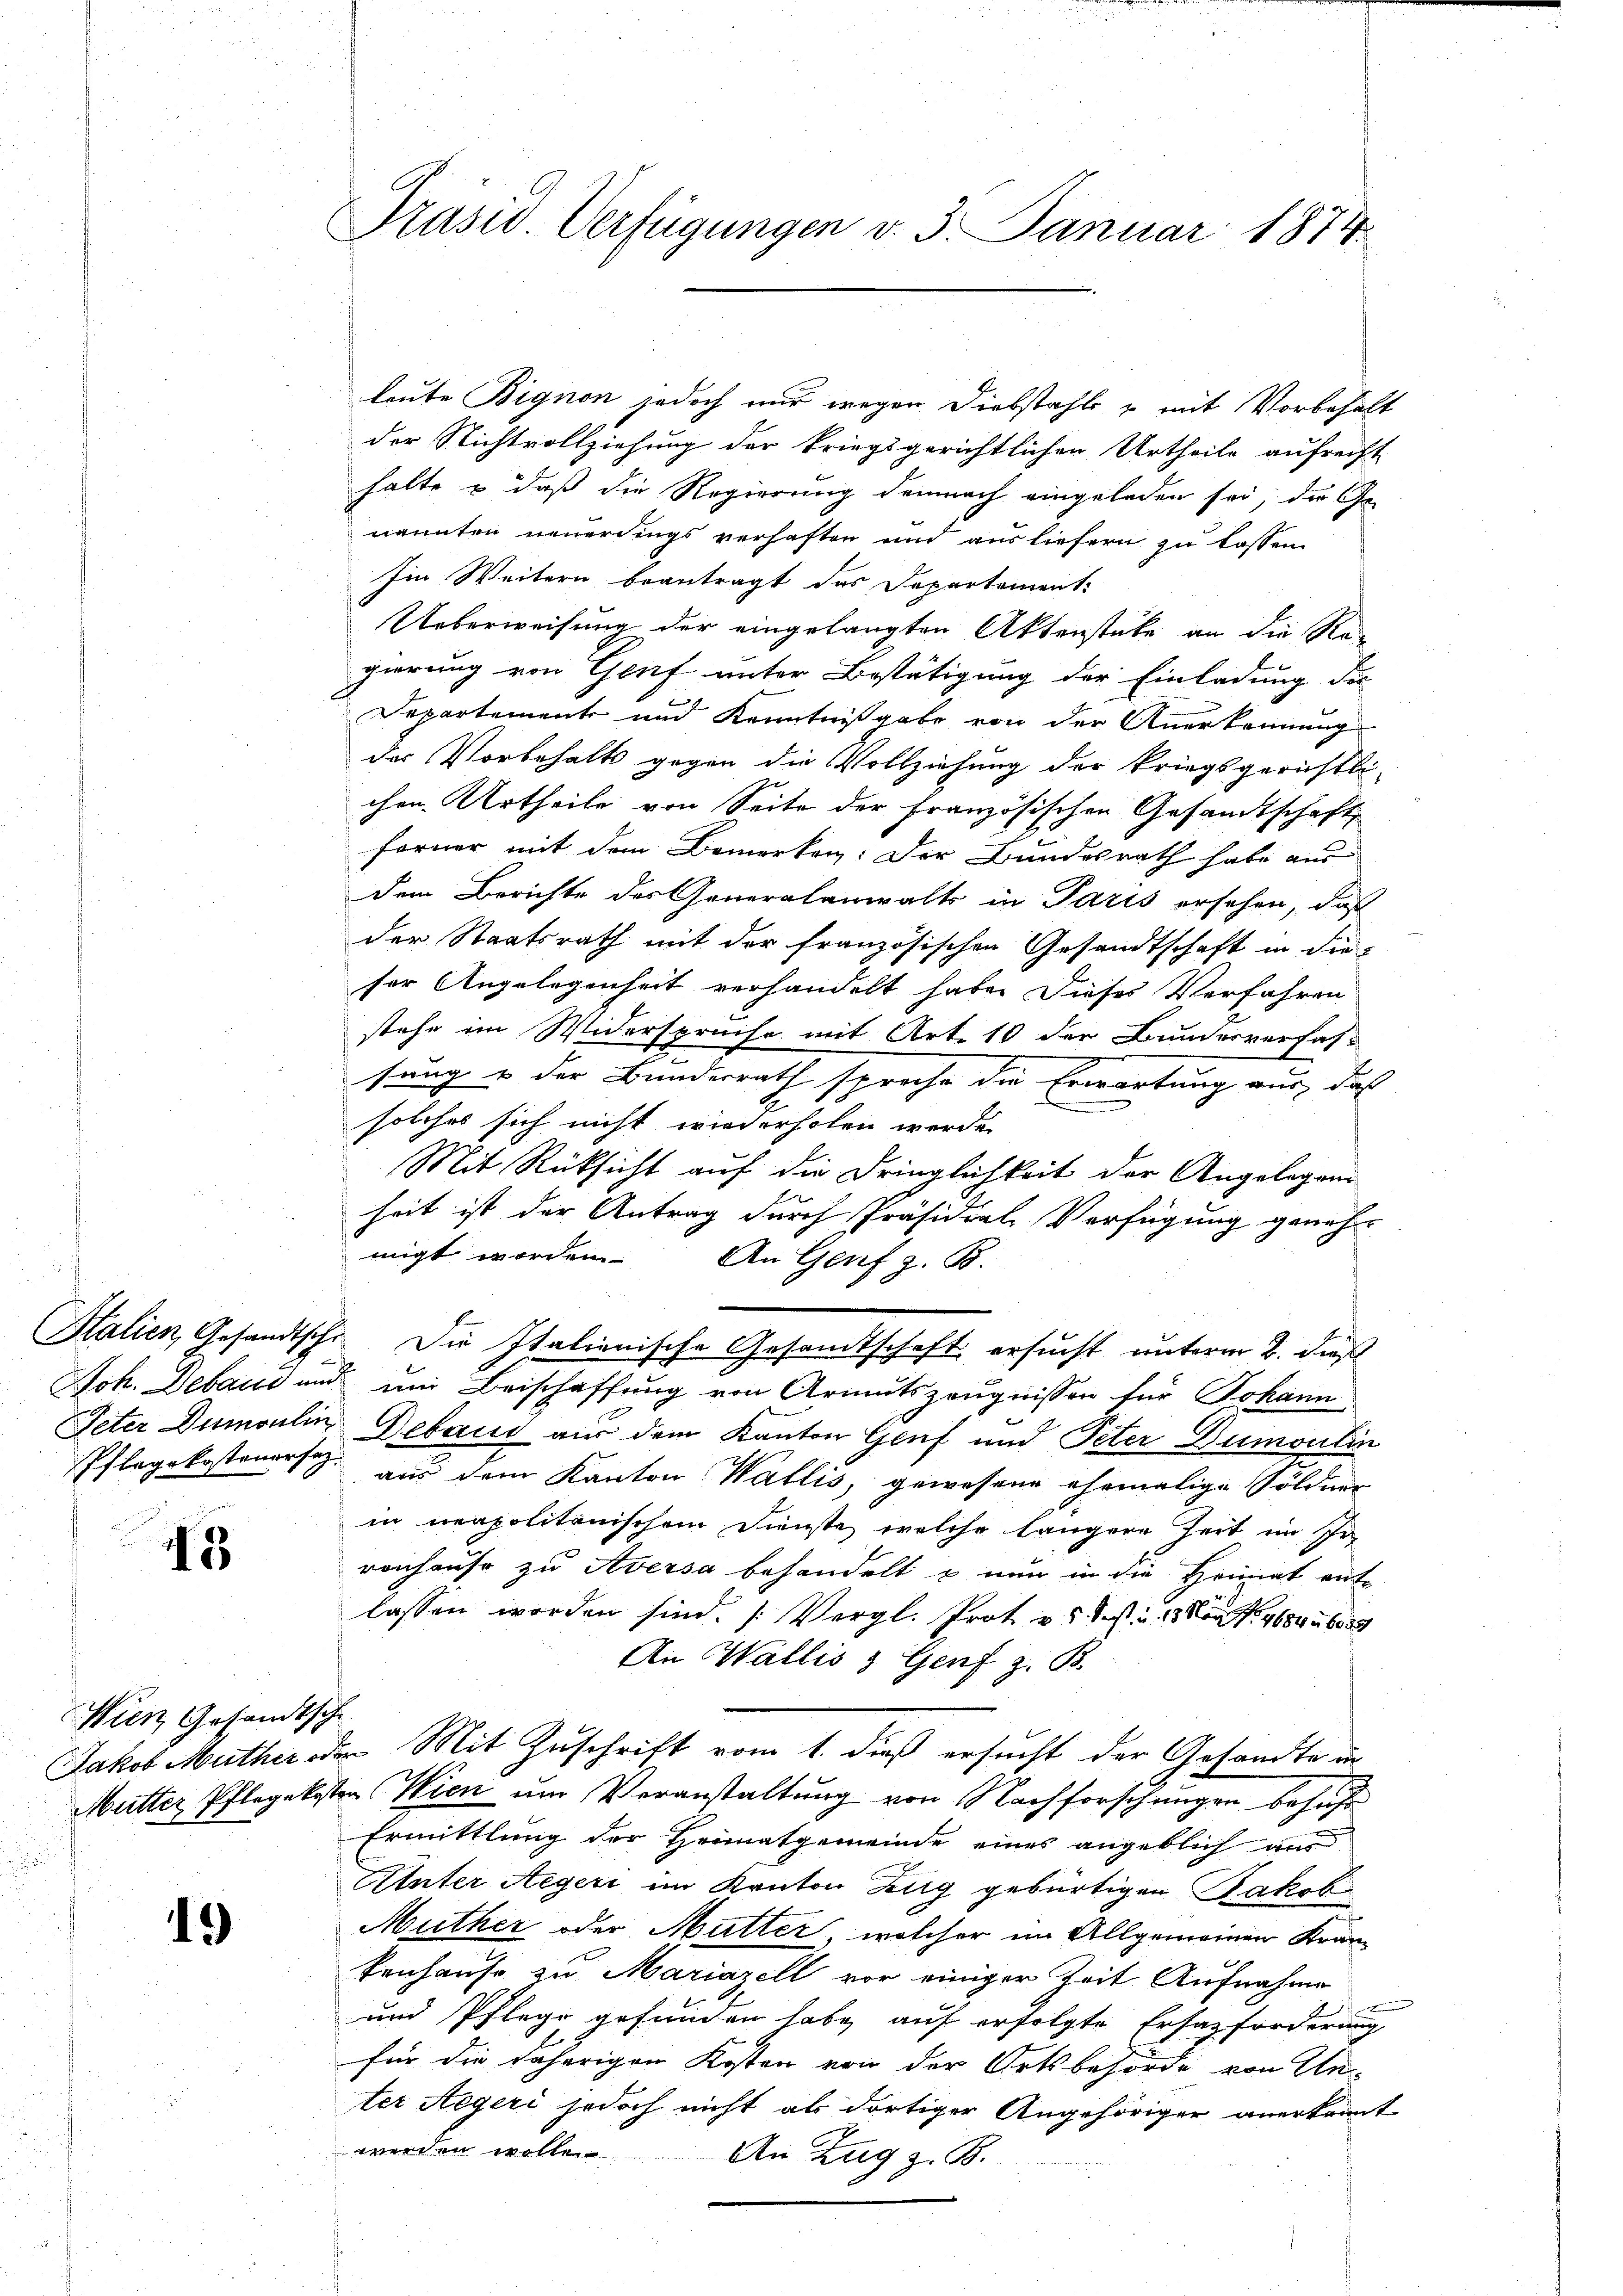
N

Wien Gesandtsche

19

Präsid. Verfügungen v. 3. Januar 1874.

leute Bignon jedoch nur wegen Diebstahls, u mit Vorbehält
der Nichtvollziehung der kriegsgerichtlichen Urtheils aufrecht
halte & daß die Regierung demnach eingeladen sei, die Ge
nannten neuerdings verhaften und ausliefern zu lassen.
Iin Weitern beantragt das Departement
Ueberweisung der eingelangten Aktenstüke an die Re-
gierung von Genf unter Bestätigung der Einladung der
Departement und Kenntnißgabe von der Anerkennung
der Vorbehalts gegen die Vollziehung der kriegsgerichtli-
chen Urtheile von Seite der französischen Gesandtschaft
ferner mit dem Bemerken: Der Bundesrath habe aus
dem Berichte des Generalanwalts in Paris ersehen, daß
der Staatsrath mit der französischen Gesandtschaft in die
ser Angelegenheit verhandelt habe. Dieses Verfahren
stehe im Widerspruche mit Art. 10 der Bunderverfas-
sung u der Bundesrath sprache die Erwartung aus, daß
solches sich nicht wiederholen werde.
Mit Rücksicht auf die Dringlichkeit der Angelegen
heit ist der Antrag durch Präsidial-Verfügung genehm
migt worden
An Genf z. B.
Halien, Gesandtschr. Die Italienische Gesandtschaft ersucht unterm 2. dieß
Joh. Debaus und um Beischaffung von Armutszeugnissen für Johann
Peter Dumoulin, Debaut aus dem Kanton Genf und Peter Dumontin
Pflegekostenersez aus dem Kanton Wallis, gewesene ehemalige Söldner
in neapolitanischem Dienste, welche längere Zeit im Ir
renhause zu Aversa behandelt u nun in die Heimat ent-
lassen worden sind. (Vergl. Prot v. 5. Sept. v. 13. 11845 608
An Wallis & Genf z. B.
Jakob Muther der Mit Zuschrift vom 1. dieß ersucht der Gesandte in
Mutter Pflegekosten Wien um Veranstaltung von Nachforschungen behufs
Ermittlung der Heimatgemeinde eines angeblich uns
Unter Aegeri im Kanton Zug gebürtigen Jakob
Muther oder Mutter, welcher im Allgemeinen Krankenhause zu Mariazell vor einiger Zeit Aufnahme
und Pflege gefunden habe auf erfolgte Ersatzforderung
für die daherigen Kosten von der Ortsbehörde von Un
ter Regeri jedoch nicht als dortiger Angehöriger anerkannt
werden wolle
An Zug z. B.